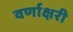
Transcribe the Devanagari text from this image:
वर्णाक्षरी